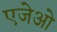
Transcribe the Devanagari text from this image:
एजेओ